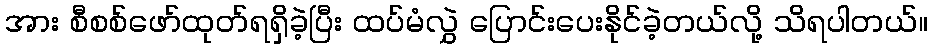
အား စီစစ်ဖော်ထုတ်ရရှိခဲ့ပြီး ထပ်မံလွှဲ ပြောင်းပေးနိုင်ခဲ့တယ်လို့ သိရပါတယ်။